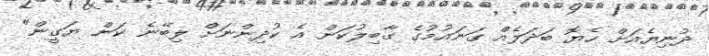
ދުނިޔެއަށް ހެޔޮ ބަދަލެއް ގަނައުމުގެ ގާބިލުކަން އެ ކުދިންނަށް ލިބޭނެ ކަން ޔަގީން"